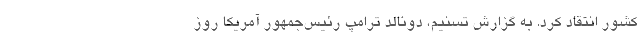
کشور انتقاد کرد. به گزارش تسنیم، دونالد ترامپ رئیس‌جمهور آمریکا روز